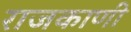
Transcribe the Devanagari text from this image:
राजकाणी